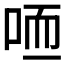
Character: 𠳍